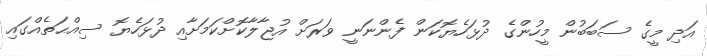
އަދި މީގެ ސަބަބުން މީހުންގެ ދުޅަހެޔޮކަން ފެންނަނީ ވަރަށް އުޖާލާކޮށްކަމަށާއި ދުޅަހެޔޮ ސިއްޙަތެއްގައި